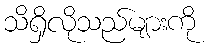
သိရှိလိုသည်များကို